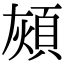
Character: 𩒏